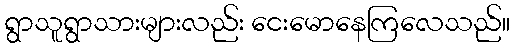
ရွာသူရွာသားများလည်း ငေးမောနေကြလေသည်။